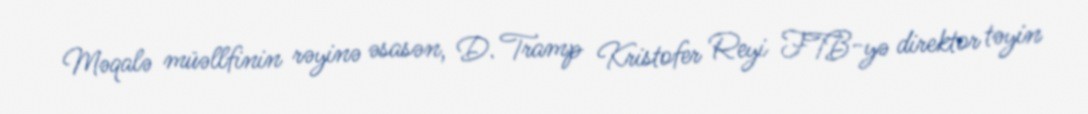
Məqalə müəllfinin rəyinə əsasən, D. Tramp Kristofer Reyi FTB-yə direktor təyin